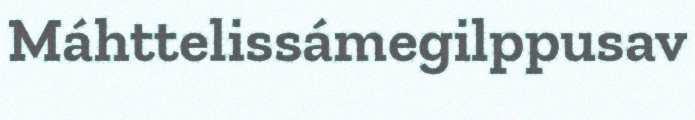
Máhttelissámegilppusav